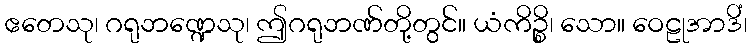
ဧတေသု၊ ဂရုဘဏ္ဍေသု၊ ဤဂရုဘဏ်တို့တွင်။ ယံကိဉ္စိ၊ သော။ ဝေဠုအာဒိံ၊